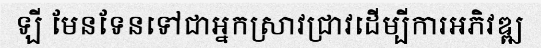
ឡី មែនទែនទៅជាអ្នកស្រាវជ្រាវដើម្បីការអភិវឌ្ឍ